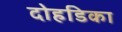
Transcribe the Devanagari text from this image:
दोहडिका